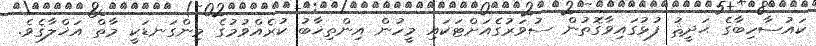
ކައުސާހިބާގެ ޙަދީޘު ފުޅުގައިވާގޮތުން ސުވަރުގެއަށްޓަކައި މީހުން އިންތިޚާބު ކުރެއްވުމުގެ މިންގަނޑަކީ މާތް އަޚްލާޤެވެ.